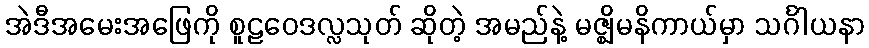
အဲဒီအမေးအဖြေကို စူဠဝေဒလ္လသုတ် ဆိုတဲ့ အမည်နဲ့ မဇ္ဈိမနိကာယ်မှာ သင်္ဂါယနာ